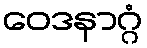
ဝေဒနာဂ္ဂံ